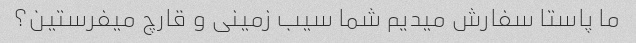
ما پاستا سفارش میدیم شما سیب زمینی و قارچ میفرستین؟